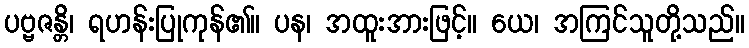
ပဗ္ဗဇန္တိ၊ ရဟန်းပြုကုန်၏။ ပန၊ အထူးအားဖြင့်။ ယေ၊ အကြင်သူတို့သည်။